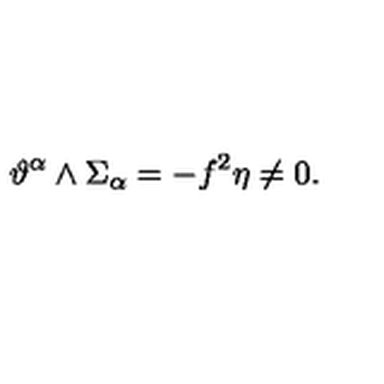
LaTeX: \vartheta ^ { \alpha } \wedge \Sigma _ { \alpha } = - f ^ { 2 } \eta \neq 0 .